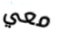
معي